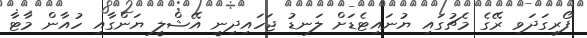
ފޯރިގަދަވި ރޭގެ މެޗުގައި ޔުނައިޓެޑަށް ލަނޑު ޖަހައިދިނީ އޭޝްލީ ޔަންގާއި ހުއާން މާޓާ